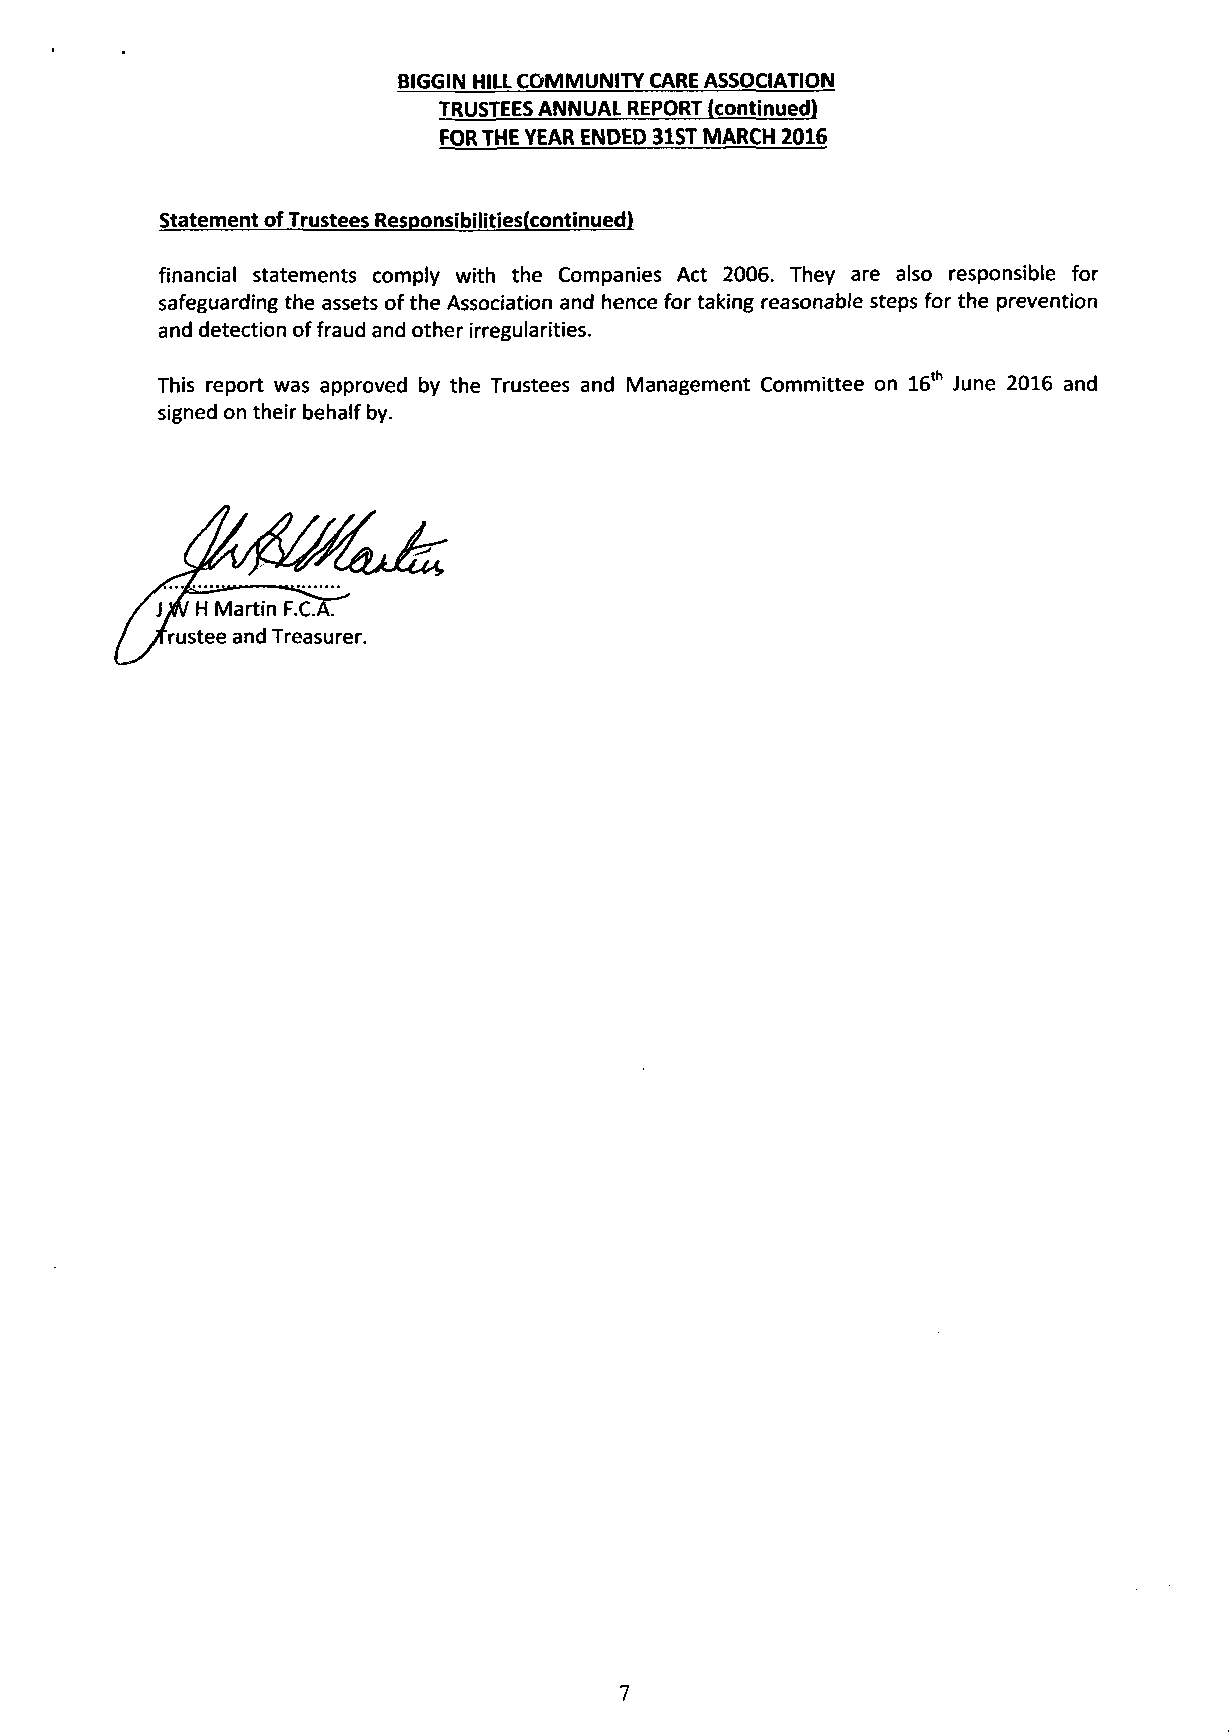
BIGGIN HILL COMMUNITY CARE ASSOCIATION
 TRUSTEES ANNUAL REPORT (continued)
 FOR THE YEAR ENDED 31ST MARCH 2016
 Statement of Trustees Responsibilities(continued)
 financial statements comply with the Companies Act 2006. They are also responsible for
 safeguarding the assets of the Association and hence for taking reasonable steps for the prevention
 and detection of fraud and other irregularities.
 This report was approved by the Trustees and Management Committee on 16th June 2016 and
 signed on their behalf by.
 7